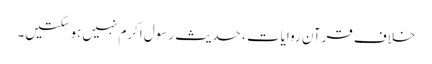
خلاف قرآن روایات ، حدیث رسول اکرم نہیں‌ہوسکتیں۔